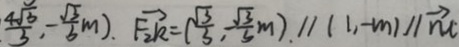
\frac { 4 \sqrt { 3 } } { 3 } . - \frac { \sqrt { 3 } } { 6 } m ) , \overrightarrow { F _ { 2 } k } = ( \frac { \sqrt { 3 } } { 3 } , \frac { - \sqrt { 3 } } { 3 } m ) . / / ( 1 , m ) / / \overrightarrow { m } \cdot